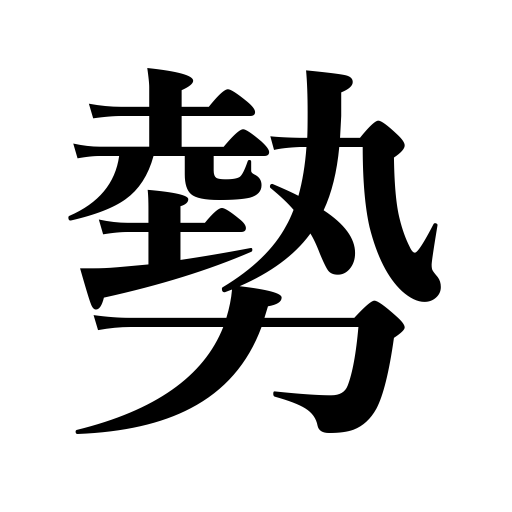
Meanings: tendency,course of events,spirit,might,military strength,influence,energy,power,authority,impetus,necessarily,life,force,vigor